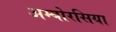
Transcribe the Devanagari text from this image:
अम्बोरसिया